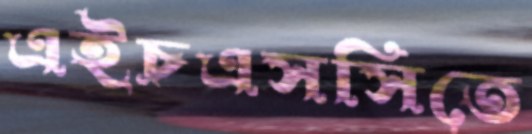
এইচএসসিতে